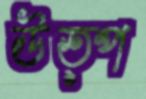
উত্প